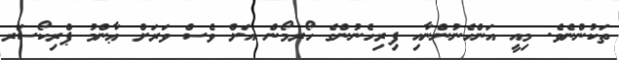
ތަކުންނެވެ. މިއީ އަންހެނުންނާއި ފިރިހެނުންގެ ހޯރމޯން އަށް ވެސް ވަރަށް ޢާންމު ޕްރިކޯސަރ